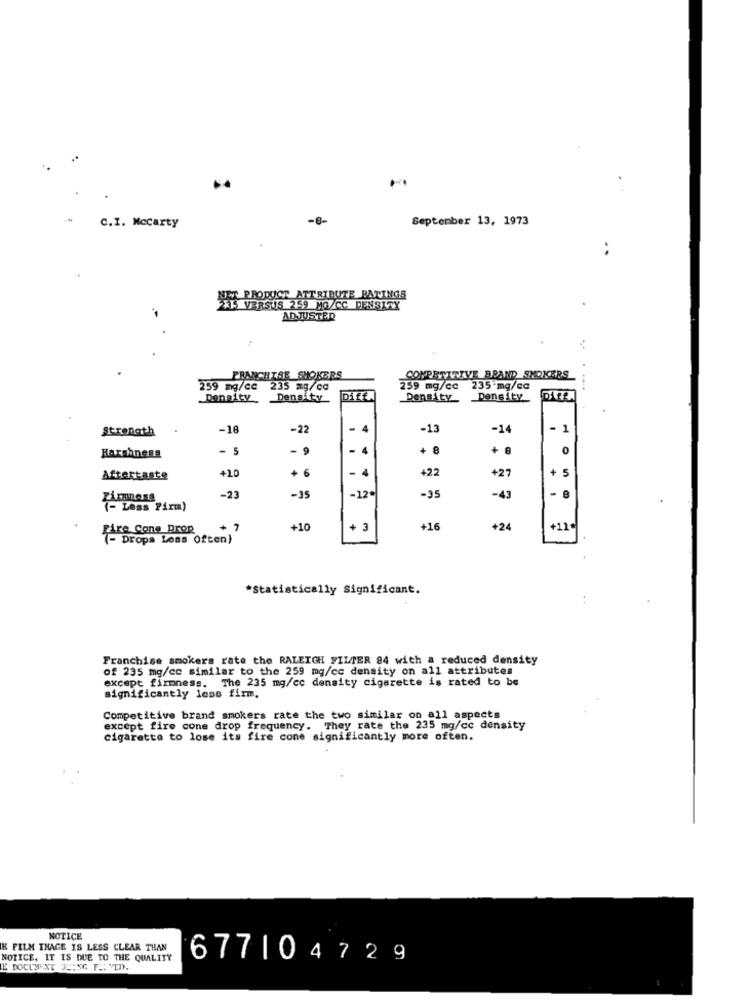
C.I. Mccarty
September 13, 1973
..
PRODUCT ATTRIBUTE RATINGS
XS VERSUS 259 MG/CC DENSITY
ADJUSTED
FRANCHISE_SMOKERS
COMPETITIVE BRAND SMOKERS
259 mg/ce
235 mg/cc
259 mg/cc 235 mg/cc
Density
Density
Diff.
Density
Density
Strength
-16
-22
- 4
-13
-14
- 1
5
- 9
. 4
+ 8
+ 1
0
Harshness
+ 6
- 4
+22
+27
+ 5
Aftertaste
+10
-35
-12.
-35
-43
-
-23
(- Less Firm)
Fire Cone Drop
+10
+ 3
+16
+24
+11
(- Drops Leas Often)
*Statistically Significant.
Franchise smokers rate the RALEIGH FILTER 84 with a reduced density
of 235 mg/cc similar to the 259 mg/cc density on all attributes
except firmness. The 235 mg/cc density cigarette is rated to be
significantly less firm.
Competitive brand smokers rate the two similar on all aspects
except fire cone drop frequency. They rate the 235 mg/cc density
cigarette to lose its fire cone significantly more often.
NOTICE
E FILM INAGE IS LESS CLEAR THAN
NOTICE, IT IS DUE TO THE QUALITY
677104729
E DOCUMENT 35:X6 FL: MED.